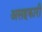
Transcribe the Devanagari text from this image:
असहकारी